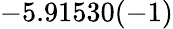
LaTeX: -5.91530(-1)